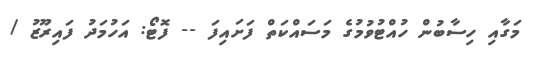
މަގާއި ހިސާބުން ހުއްޓުވުމުގެ މަސައްކަތް ފަށައިފަ -- ފޮޓޯ: އަހުމަދު ފައިރޫޒު /